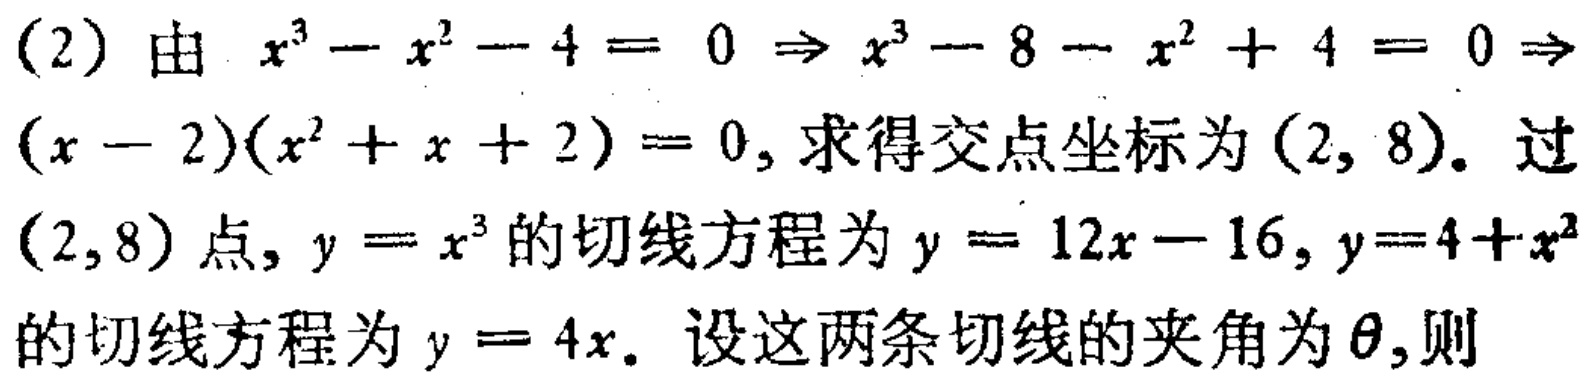
(2) 由 \(x^{3}-x^{2}-4 = 0\Rightarrow x^{3}-8 - x^{2}+4 = 0\Rightarrow (x - 2)(x^{2}+x + 2)=0\), 求得交点坐标为 \((2,8)\). 过 \((2,8)\) 点, \(y = x^{3}\) 的切线方程为 \(y = 12x - 16\), \(y = 4 + x^{2}\) 的切线方程为 \(y = 4x\). 设这两条切线的夹角为 \(\theta\),则